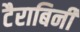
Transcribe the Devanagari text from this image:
टैराबिनी